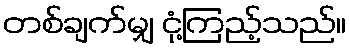
တစ်ချက်မျှ ငုံ့ကြည့်သည်။